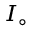
\scriptstyle { I _ { \circ } }